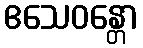
ဧသေဝန္တော